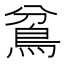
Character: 𩿈